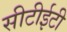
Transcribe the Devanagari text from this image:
सीटीईटी